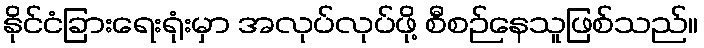
နိုင်ငံခြားရေးရုံးမှာ အလုပ်လုပ်ဖို့ စီစဉ်နေသူဖြစ်သည်။